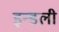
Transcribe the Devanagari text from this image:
इन्डली